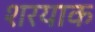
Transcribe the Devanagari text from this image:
शरयाक